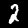
Label: 2